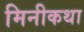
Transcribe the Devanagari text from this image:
मिनीकथा